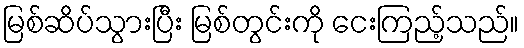
မြစ်ဆိပ်သွားပြီး မြစ်တွင်းကို ငေးကြည့်သည်။